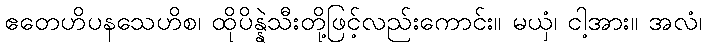
ဧတေဟိပနသေဟိစ၊ ထိုပိန္နဲသီးတို့ဖြင့်လည်းကောင်း။ မယှံ၊ ငါ့အား။ အလံ၊